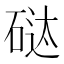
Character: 𱴍